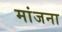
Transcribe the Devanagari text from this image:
मांजना